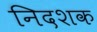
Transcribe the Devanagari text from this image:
निदशक